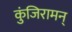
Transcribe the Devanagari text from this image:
कुंजिरामन्